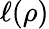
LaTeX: \ell(\rho)